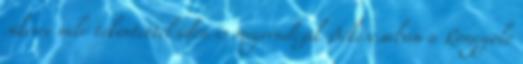
sikerre való tekintettel idén is megrendezik Békéscsabán a Rongyoló